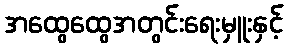
အထွေထွေအတွင်းရေးမှူးနှင့်